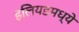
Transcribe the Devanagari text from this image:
इलियडमध्ये